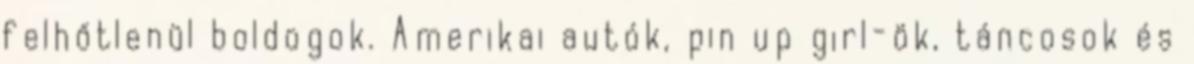
felhőtlenül boldogok. Amerikai autók, pin up girl-ök, táncosok és